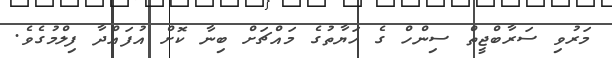
މަރުވި ސަރާބްޖީތް ސިންހް ގެ ހަޔާތުގެ މައްޗަށް ބިނާ ކޮށް އުފައްދާ ފިލްމުގެވެ.